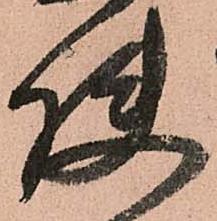
使